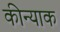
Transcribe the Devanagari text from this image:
कीन्याक